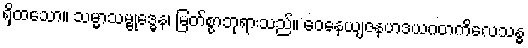
ရှိထသော။ သမ္မာသမ္ဗုဒ္ဓေန၊ မြတ်စွာဘုရားသည်။ ဝေနေယျဇနဟဒယဂတကိလေသန္ဓ